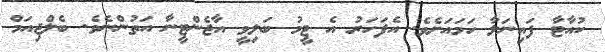
ކުއާޓާ ފައިނަލާ ހަމައަށެވެ. އެފަހަރު އެ ޓީމު ބަލިވީ އާޖެންޓީނާ އަތުންނެވެ. ބެލްޖިއަމް